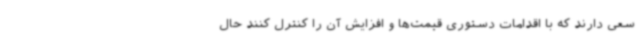
سعی دارند که با اقدامات دستوری قیمت‌ها و افزایش آن را کنترل کنند حال